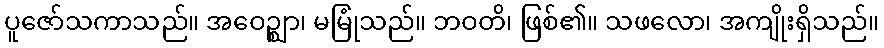
ပူဇော်သကာသည်။ အဝေဉ္ဈာ၊ မမြုံသည်။ ဘဝတိ၊ ဖြစ်၏။ သဖလော၊ အကျိုးရှိသည်။